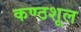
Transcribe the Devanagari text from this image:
कण्ठशूल